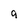
Character: 9